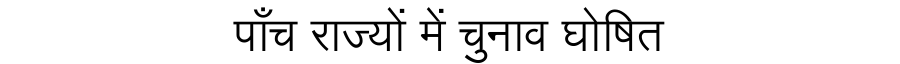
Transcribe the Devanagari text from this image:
पाँच राज्यों में चुनाव घोषित